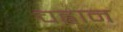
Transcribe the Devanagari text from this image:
चह्वान